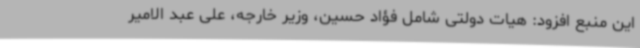
این منبع افزود: هیات دولتی شامل فؤاد حسین، وزیر خارجه، علی عبد الامیر